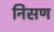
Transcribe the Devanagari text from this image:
निसण